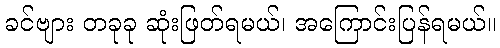
ခင်ဗျား တခုခု ဆုံးဖြတ်ရမယ်၊ အကြောင်းပြန်ရမယ်။